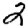
Digit: 2